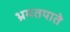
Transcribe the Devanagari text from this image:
भ्रमतयाते